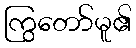
ကြွတော်မူ၏